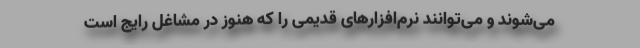
می‌شوند و می‌توانند نرم‌افزارهای قدیمی را که هنوز در مشاغل رایج است